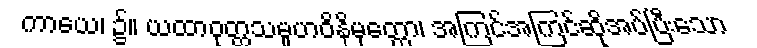
ကာယေ၊ ၌။ ယထာဝုတ္တသမူဟဝိနိမုတ္တော၊ အကြင်အကြင်ဆိုအပ်ပြီးသော